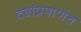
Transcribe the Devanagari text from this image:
देवांप्रमाणेच